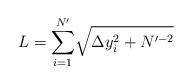
LaTeX: \begin{align*}L=\overset{N'}{\underset{i=1}{\sum }} \sqrt{\Delta y_i^2+N'^{-2}}\end{align*}